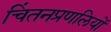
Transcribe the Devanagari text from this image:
चिंतनप्रणलियों